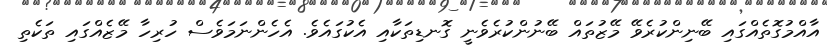
އާއްމުގޮތެއްގައި ބޭނިންކުރެވޭ މޭޒުތައް ބޭނުންކުރެވެނީ ގޮނޑިތަކާއި އެކުގައެވެ. އެހެންނަމަވެސް ހުރިހާ މޭޒެއްގައި ތަކެތި